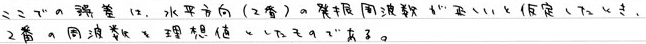
こういった誤差は、水平方向（2番）の境界周波数がユーザー定義によって、2番の周波数の理想値からずれていることがある。